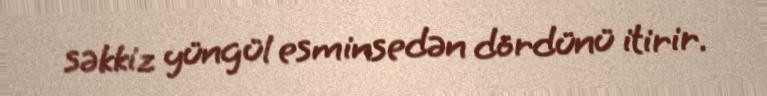
səkkiz yüngül esminsedən dördünü itirir.